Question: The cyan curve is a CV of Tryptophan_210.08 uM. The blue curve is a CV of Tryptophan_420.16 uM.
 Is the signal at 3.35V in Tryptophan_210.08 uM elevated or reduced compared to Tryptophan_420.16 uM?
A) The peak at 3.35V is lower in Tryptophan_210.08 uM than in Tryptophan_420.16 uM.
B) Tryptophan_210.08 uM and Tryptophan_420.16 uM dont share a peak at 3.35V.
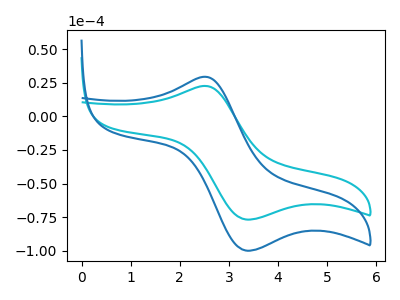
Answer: <think>The cyan curve "Tryptophan_210.08 uM" has an anodic peak at (2.50V, 22.65uA) and a cathodic peak at (3.35V, -76.70uA). The blue curve "Tryptophan_420.16 uM" has an anodic peak at (2.50V, 29.45uA) and a cathodic peak at (3.35V, -99.80uA).</think>
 <answer>A) The peak at 3.35V is lower in "Tryptophan_210.08 uM" than in "Tryptophan_420.16 uM".</answer>
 <eval>A</eval>